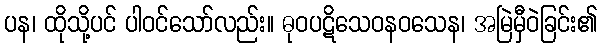
ပန၊ ထိုသို့ပင် ပါဝင်သော်လည်း။ ဓုဝပဋိသေဝနဝသေန၊ အမြဲမှီဝဲခြင်း၏